Epidemic dropsy in Calcutta - Number 49
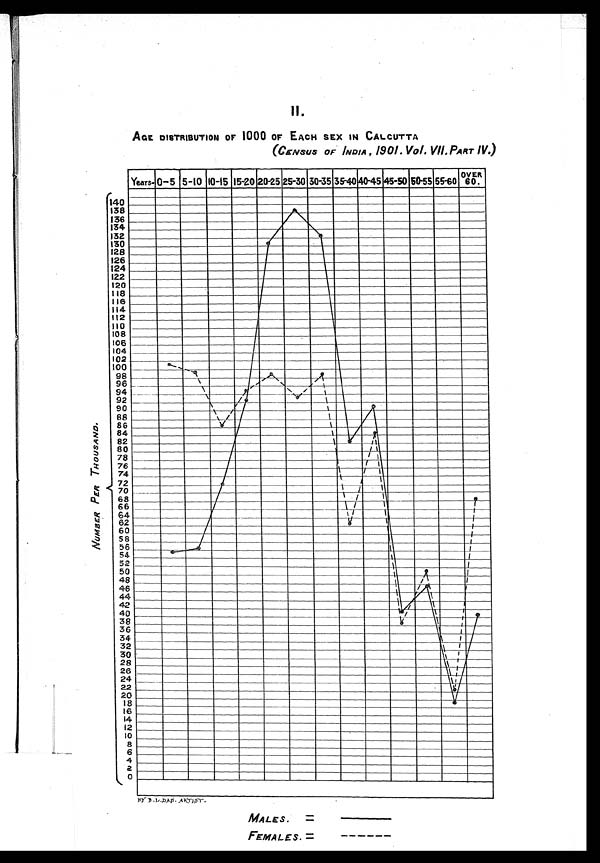
II.
AGE DISTRIBUTION OF 1000 OF EACH SEX IN CALCUTTA
(CENSUS OF. INDIA, 1901. Vol. VII. PART IV.)
MALES. =—
FEMALES. = - - - - -